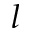
l